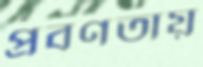
প্রবণতায়